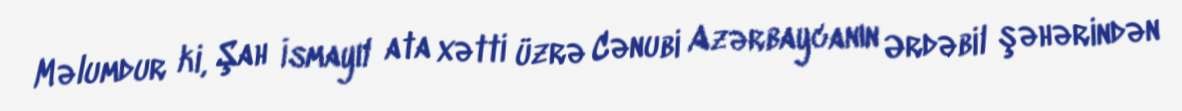
Məlumdur ki, Şah İsmayıl ata xətti üzrə Cənubi Azərbaycanın Ərdəbil şəhərindən